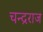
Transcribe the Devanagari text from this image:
चन्द्रराज